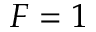
F = 1